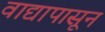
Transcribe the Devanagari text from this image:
वाद्यापासून